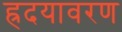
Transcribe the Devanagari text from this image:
ह्रदयावरण